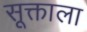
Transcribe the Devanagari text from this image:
सूक्ताला